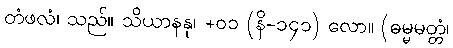
တံဖလံ၊ သည်။ သိယာနနု၊ +၀၁ (နိ-၁၄၁) လော။ (ဓမ္မမတ္တံ၊